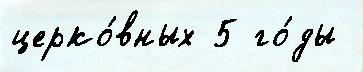
церко́вных 5 го́ды